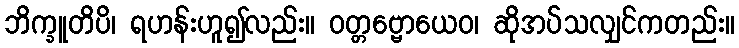
ဘိက္ခူတိပိ၊ ရဟန်းဟူ၍လည်း။ ဝတ္တဗ္ဗောယေဝ၊ ဆိုအပ်သလျှင်ကတည်း။